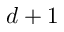
d + 1